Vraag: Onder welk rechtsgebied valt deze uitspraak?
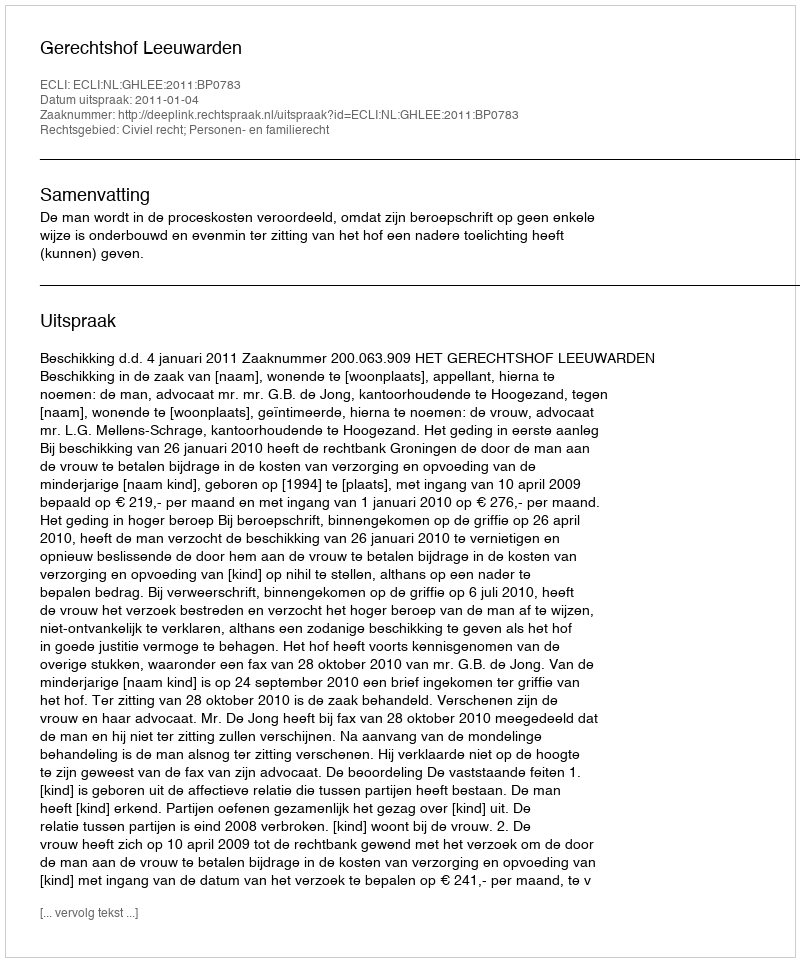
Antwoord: Civiel recht; Personen- en familierecht